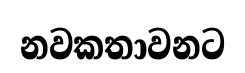
නවකතාවනට